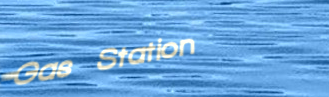
Gas Station